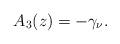
LaTeX: \begin{align*}A_3(z)=-\gamma_{\nu}.\end{align*}